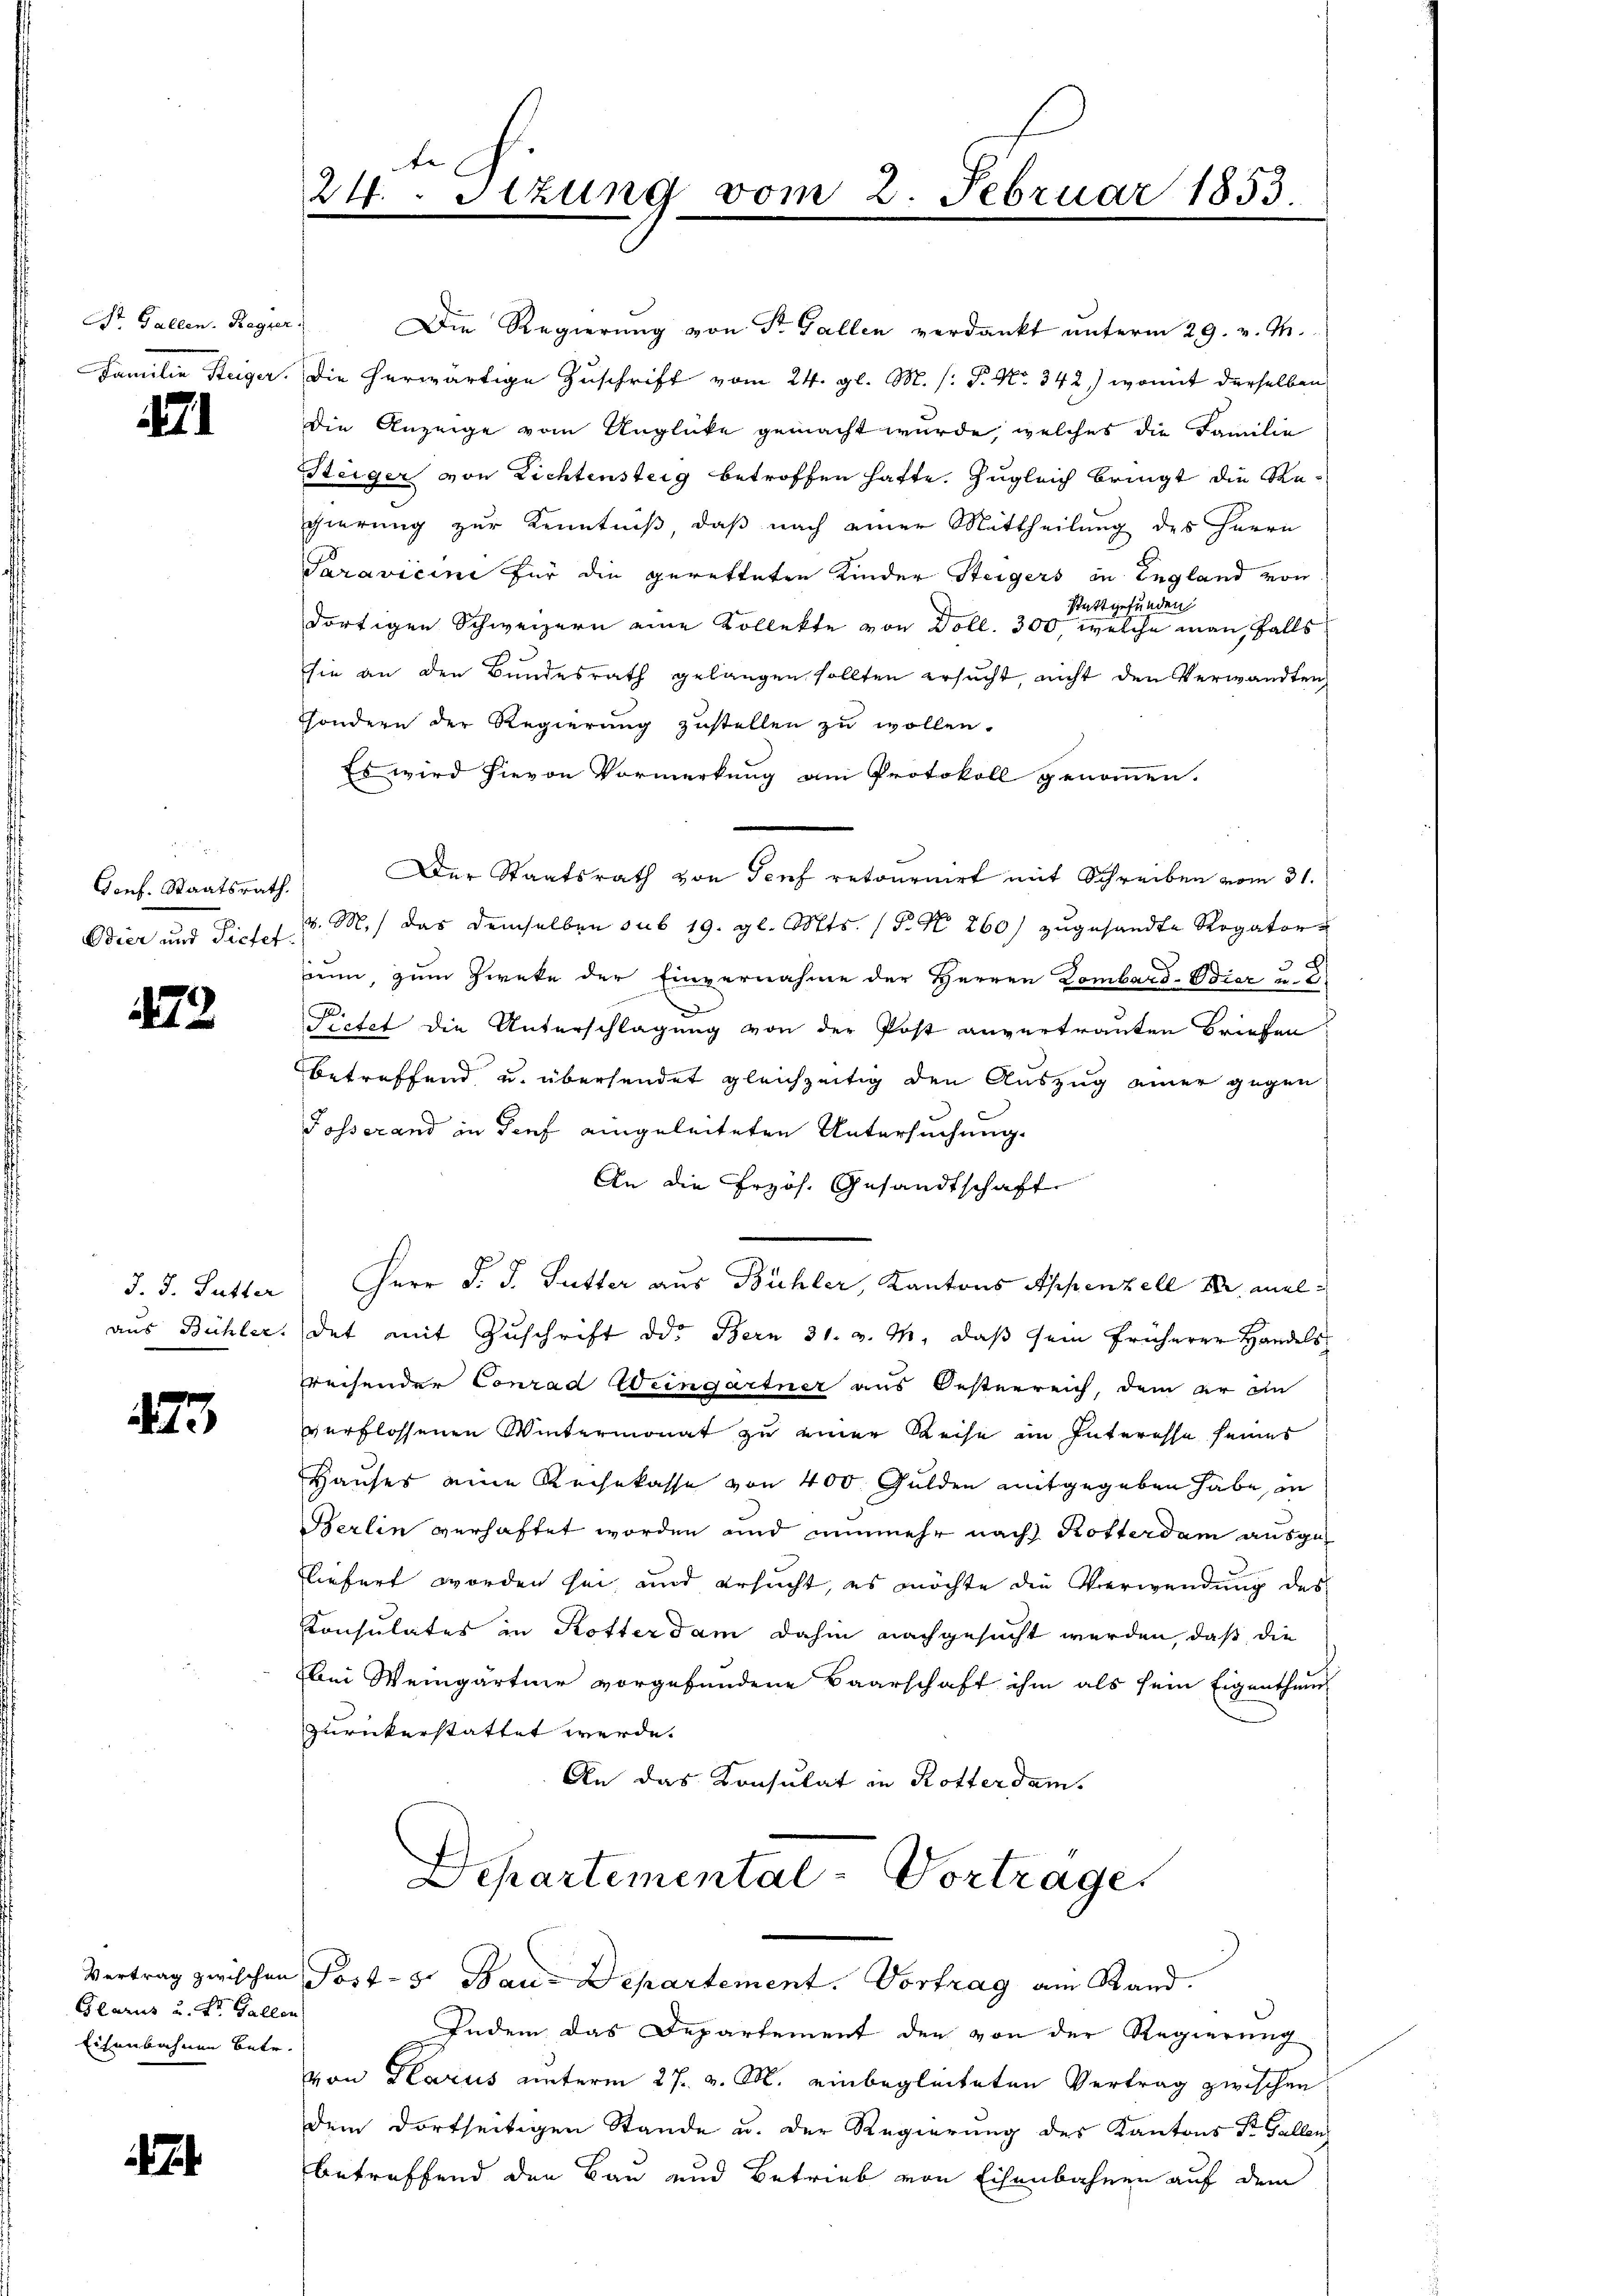
Dr. Gallen. Regier
Familie Steiger.

71

Conf. Staatsrath.
Odier und Pietet.

472

J. J. Futter
aus Bühler.

473

Glarus u. St. Gallen
Eisenbahnen betr.

24.Stzung vom 2. Februar 1853.

Die Regierung von Dr. Gallen verdankt unterm 29. v. M.
Die herwärtige Zuschrift vom 24. gl. M. (: P. Nr. 342) womit derselben
die Anzeige vom Unglücke gemacht wurde, welches die Familie
Steiger von Lichtensteig betroffen hatte. Zugleich bringt die Regierung zur Kenntniß, daß nach einer Mittheilung des Herrn
Paravicini für die geretteten Kinder Steigers in England von
Stattgefunden
dortigen Schweizern eine Kollekte von Doll. 300, welche man, falls
sie an den Bundesrath gelangen sollten ersucht, nicht den Verwandten
sondern der Regierung zustellen zu wollen.
Es wird hievon Vormerkung am Protokoll genommen.
Der Staatsrath von Teuf retournirt mit Schreiben vom 31.
v. M. das demselben sub 19. gl. Mts. (N. N. 260) zugesandte Rogator
nun, zum Zweke der Einvernahme der Herren Lombard-Bier u. D
2.
Fietet die Unterschlagung von der Post anvertrauten Briefen
betreffend u. übersendet gleichzeitig den Auszug einer gegen
Posserand in Tief eingeleiteten Untersuchung.
An die Przös. Gesandtschaft
Herr D. J. Futter aus Bühler, Kantons Appenzell Sr. meldet mit Zuschrift od. Bern 31. v. M. daß sein früherer Handels
reisender Conrad Weingartner aus Oesterreich, dem er an
verflossenen Wintermonat zu einer Reise im Interesse seines
Hauses eine Rechekasse von 400 Gulden mitgegeben habe, in
Berlin verhaftet worden und nunmehr nach Rotterdam ausge-
liefert worden sei, und ersucht, es möchte die Verwendung des
Konsulates in Rotter dam dahin nachgesucht werden, daß die
bei Weingärtner vorgefundene Baarschaft ihm als sein Eigenthum
zurückerstattet werde.
An das Konsulat in Rotterdam.

Departemental-Vortrage
Vertrag zwischen Post- 5. Bau-Departement. Vortrag am Stand.

Indem das Departement den von der Regierung
von Glarus unterm 27. v. M. einbegleiteten Vertrag zwischen
dem dortseitigen Stande u. der Regierung des Kantons St. Gallen
betreffend den Bau und Betrieb von Eisenbahnen auf dem